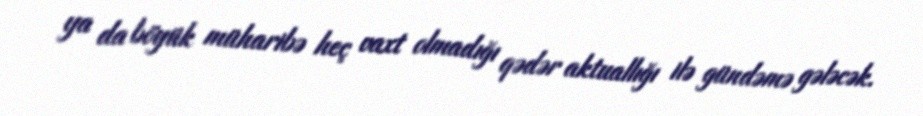
ya da böyük müharibə heç vaxt olmadığı qədər aktuallığı ilə gündəmə gələcək.